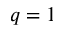
q = 1